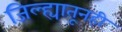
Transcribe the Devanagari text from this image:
जिल्ह्यातूनही